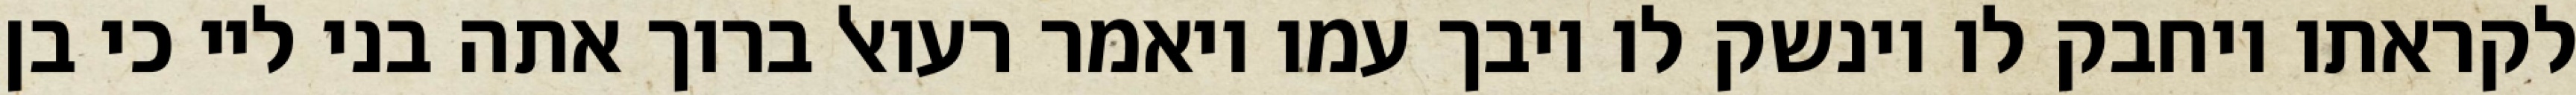
לקראתו ויחבק לו וינשק לו ויבך עמו ויאמר רעואל ברוך אתה בני ליי כי בן